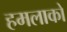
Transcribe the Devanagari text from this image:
हमलाको